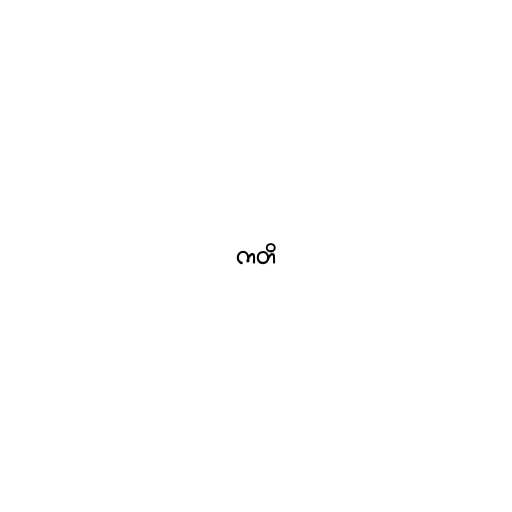
ကတိ